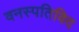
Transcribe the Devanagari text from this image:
वनस्पतिविद